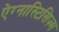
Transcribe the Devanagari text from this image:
ऐग्नास्टिसिज़्म